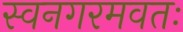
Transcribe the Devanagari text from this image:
स्वनगरमवतः